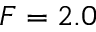
F = 2 . 0